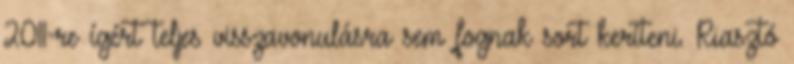
2011-re ígért teljes visszavonulásra sem fognak sort keríteni. Riasztó